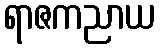
ရာဇကညာယ